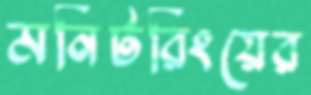
মনিটরিংয়ের